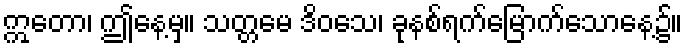
ဣတော၊ ဤနေ့မှ။ သတ္တမေ ဒိဝသေ၊ ခုနစ်ရက်မြောက်သောနေ့၌။